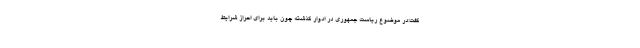
گفت:در موضوع ریاست جمهوری در ادوار گذشته چون باید برای احراز شرایط